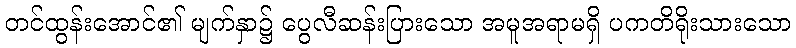
တင်ထွန်းအောင်၏ မျက်နှာ၌ ပွေလီဆန်းပြားသော အမူအရာမရှိ ပကတိရိုးသားသော